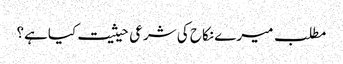
مطلب میرے نکاح کی شرعی حیثیت کیاہے؟